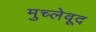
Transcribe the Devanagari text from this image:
मुच्लेवूद